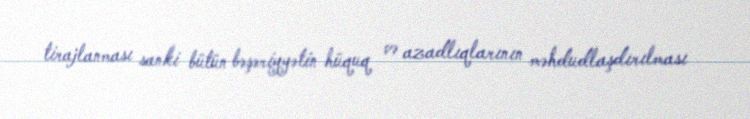
tirajlanması sanki bütün bəşəriyyətin hüquq və azadlıqlarının məhdudlaşdırılması